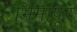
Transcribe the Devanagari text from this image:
भिमापूर